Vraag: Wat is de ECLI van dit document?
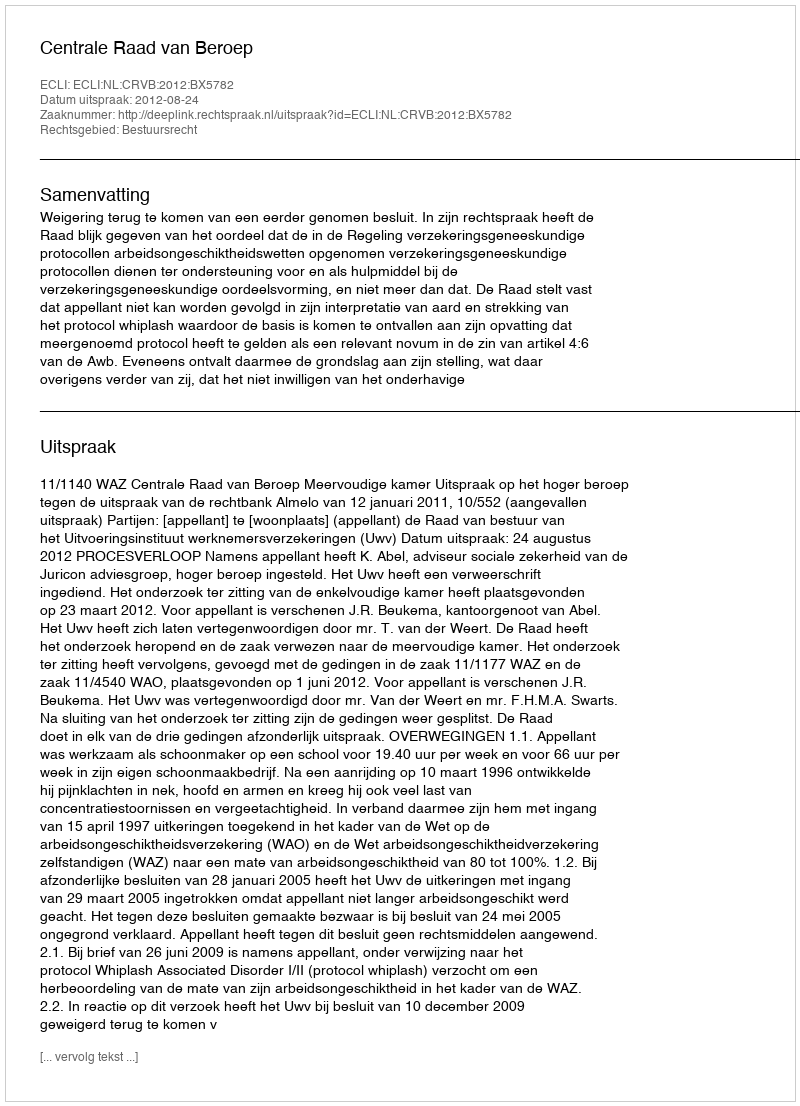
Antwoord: ECLI:NL:CRVB:2012:BX5782